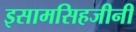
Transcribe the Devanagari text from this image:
इसामसिहजीनी